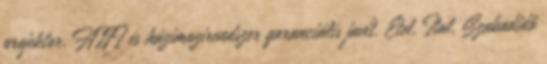
projektor, HIFI és házimozirendszer garanciális javít. Étel, Ital, Szabadidő